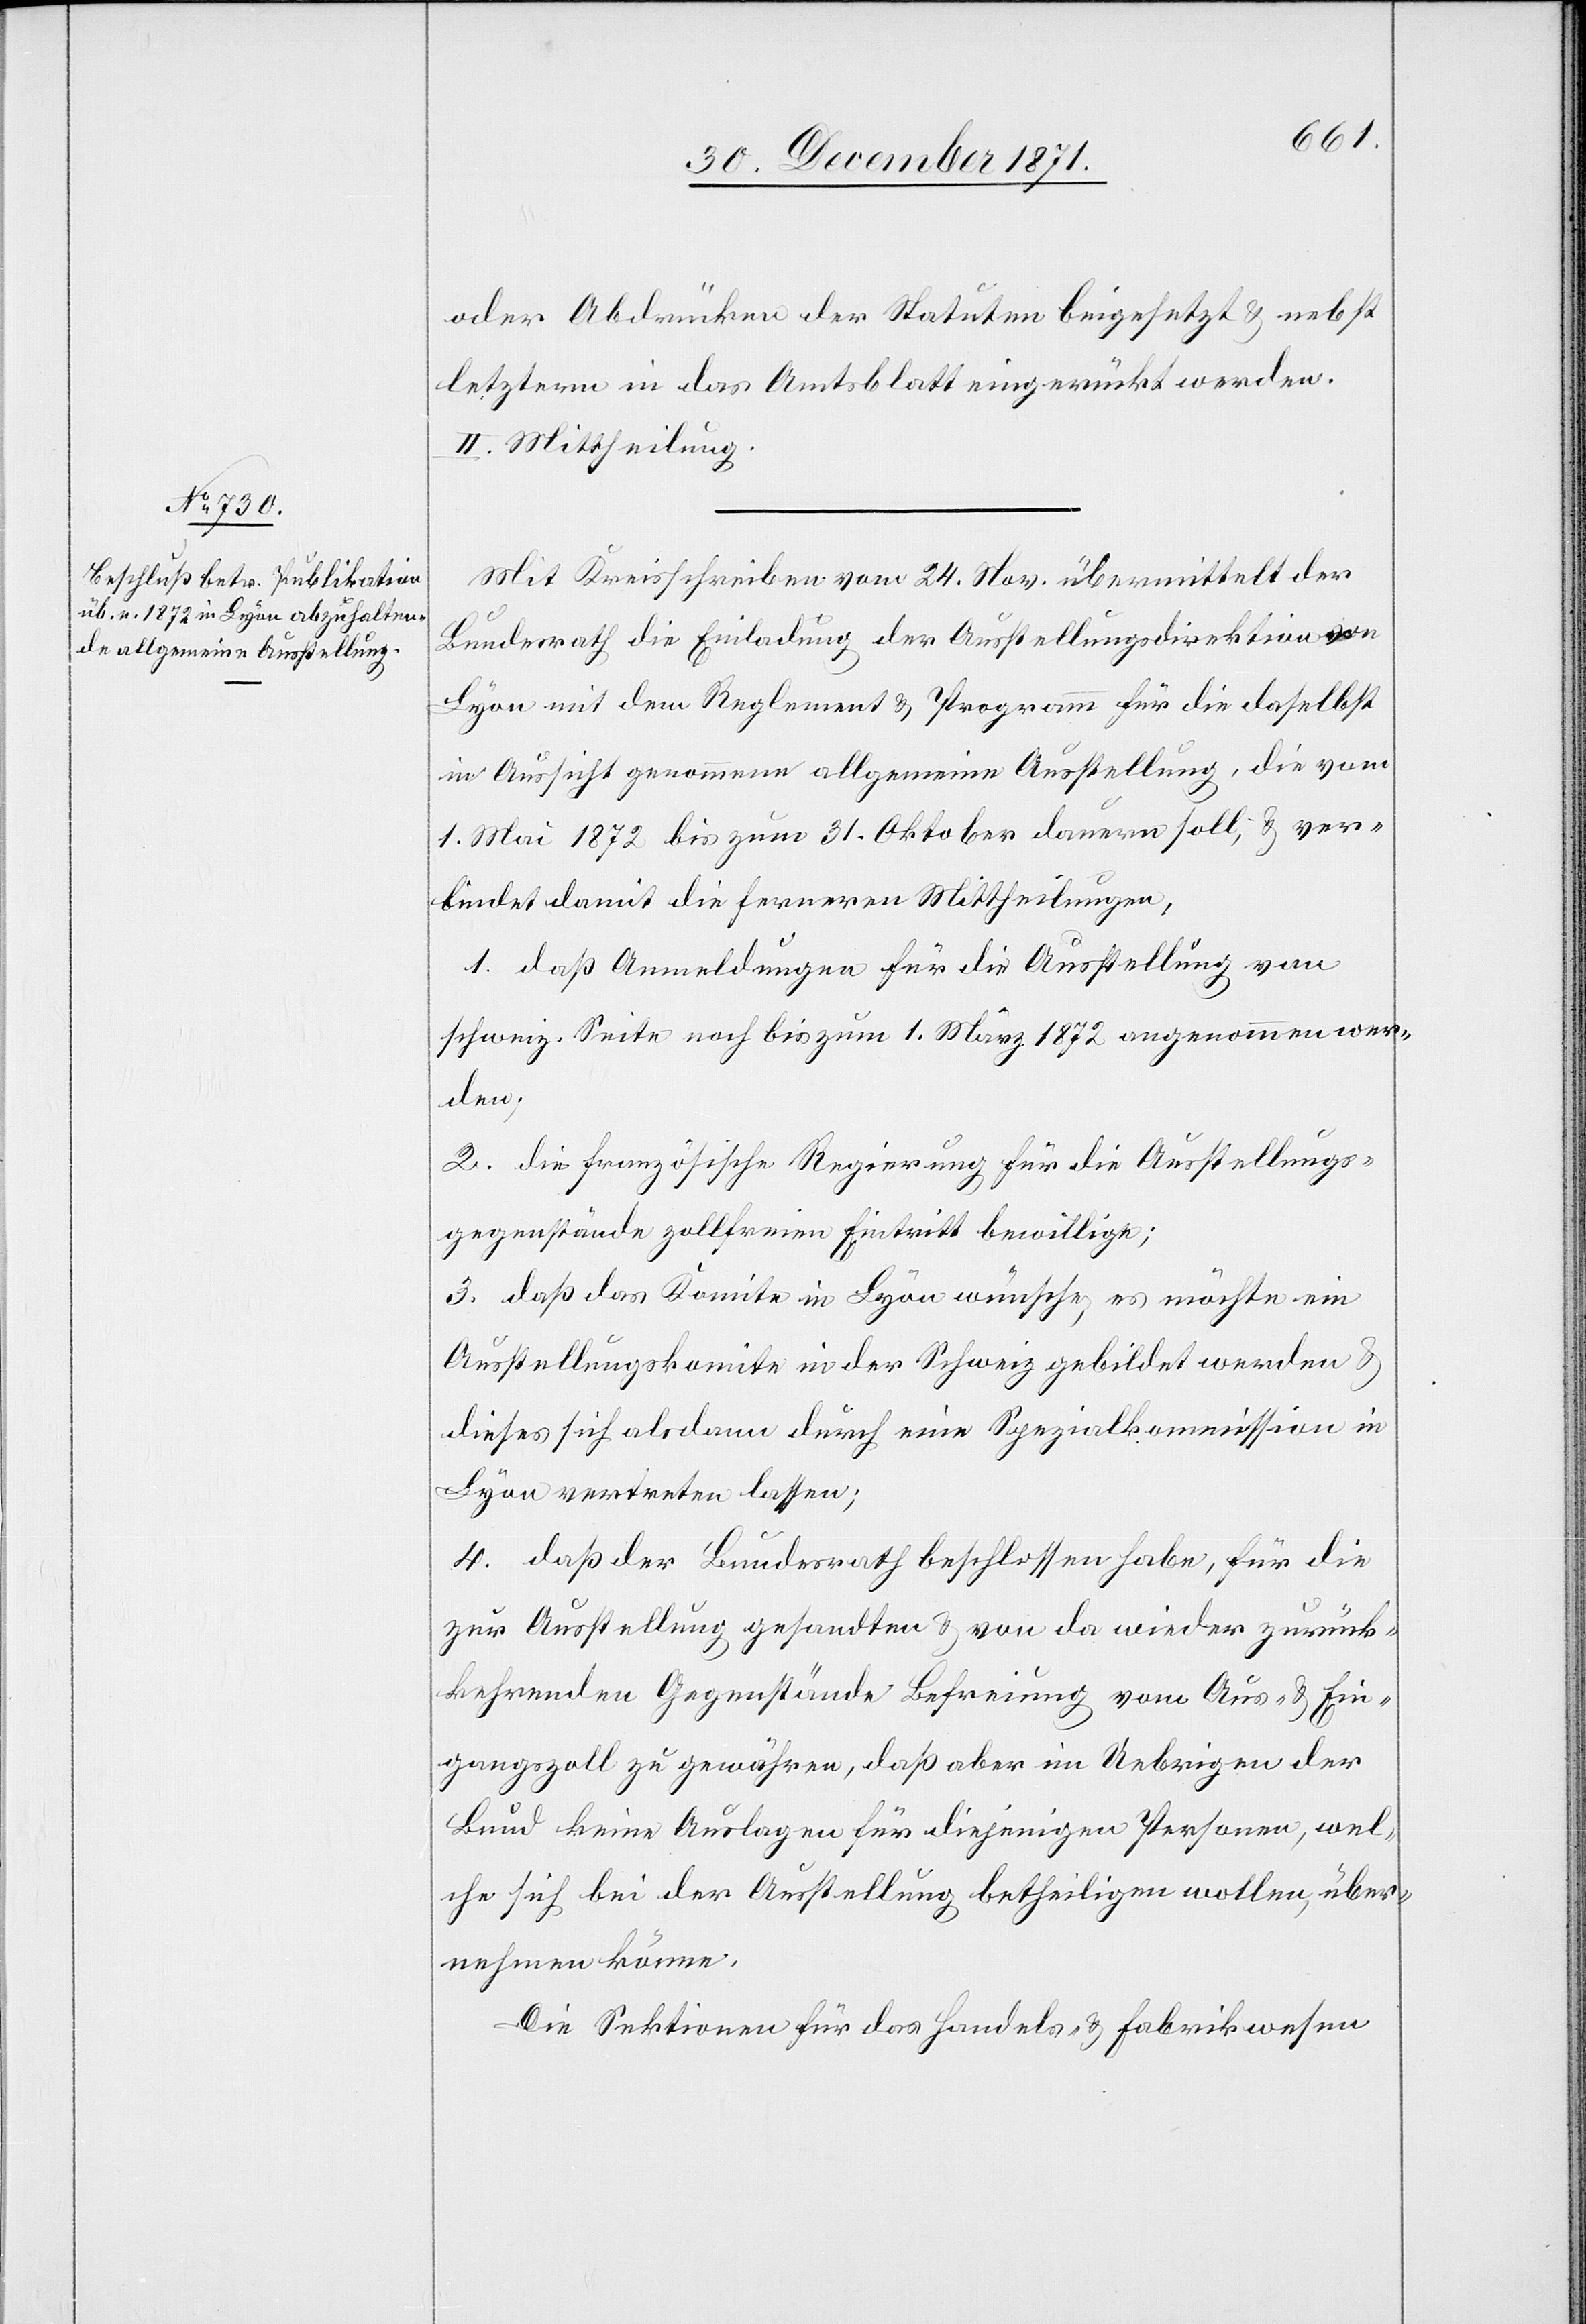
oder Abdrücken der Statuten beigesetzt & nebst
letztern in das Amtsblatt eingerückt werden.
III. Mittheilung.
Mit Kreisschreiben vom 24. Nov. übermittelt der
Bundesrath die Einladung der Ausstellungsdirektion
Lyon mit dem Reglement & Programm für die daselbst
in Aussicht genommene allgemeine Ausstellung, die vom
1. Mai 1872 bis zum 31. Oktober dauern soll, & ver¬
bindet damit die fernern Mittheilungen,
1. daß Anmeldungen für die Ausstellung von
schweiz. Seite noch bis zum 1. März 1872 angenommen wer¬
den;
2. die französische Regierung für die Ausstellungs¬
gegenstände zollfreien Eintritt bewillige;
3. daß das Komitee in Lyon wünsche, es möchte ein
Ausstellungskomite in der Schweiz gebildet werden &
dieses sich alsdann durch eine Spezialkommission in
Lyon vertreten lassen;
4. daß der Bundesrath beschlossen habe, für die
zur Ausstellung gesandten & von da wieder zurück¬
kehrenden Gegenstände Befreiung vom Aus- & Ein¬
gangszoll zu gewähren, daß aber im Uebrigen der
Bund keine Auslagen für diejenigen Personen, wel¬
che sich bei der Ausstellung betheiligen wollen, über¬
nehmen könne.
Die Sektionen für das Handels- & Fabrikwesen